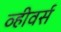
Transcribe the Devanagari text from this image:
व्हीवर्स